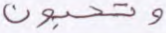
وتحبون